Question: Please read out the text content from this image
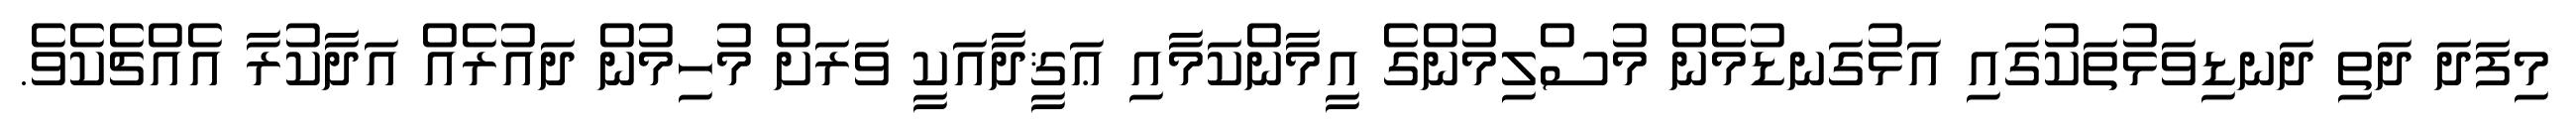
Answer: މިފަދަ ދަތި ދަނޑިވަޅުތަކުގައި އަޅުގަނޑުމެން މުސްލިމުންގެ އީމާންކަމާއި ޢަޤީދާއަކީ ވަރަށް މުހިމުން ދައުރެއް އަދާކުރާ އެއްޗެކެވެ.